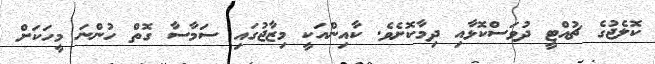
ކޮލެޖުގެ ޗުއްޓީ ދުވަސްކޮޅާއި ދިމާކޮށެވެ. ކާއިންއަކީ މިޒާޖުގައި ސަމާސާ ގޮތް ހުންނަ މީހަކަށް